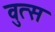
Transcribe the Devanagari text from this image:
वुत्स